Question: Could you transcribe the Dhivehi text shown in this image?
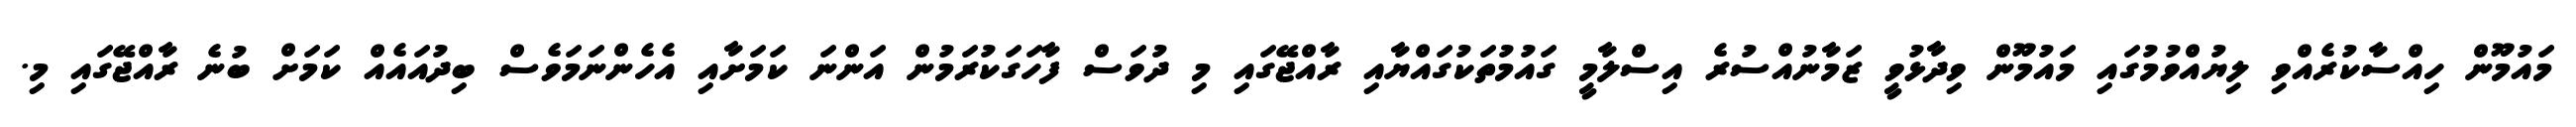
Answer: މައުމޫން ހިއްސާކުރެއްވި ލިޔުއްވުމުގައި މައުމޫން ވިދާޅުވީ ޒަމާނުއްސުރެ އިސްލާމީ ގައުމުތަކުގައްޔާއި ރާއްޖޭގައި މި ދުވަސް ފާހަގަކުރަމުން އަންނަ ކަމަށާއި އެހެންނަމަވެސް ބިދުއައެއް ކަމަށް ބުނެ ރާއްޖޭގައި މި.